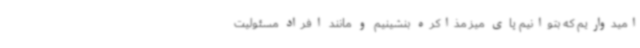
امیدواریم که بتوانیم پای میز مذاکره بنشینیم و مانند افراد مسئولیت